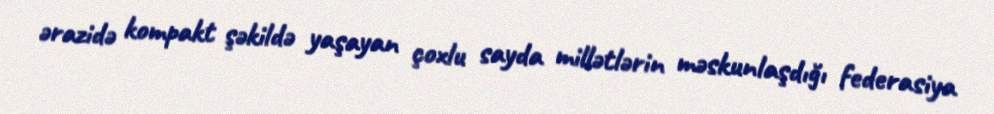
ərazidə kompakt şəkildə yaşayan çoxlu sayda millətlərin məskunlaşdığı federasiya